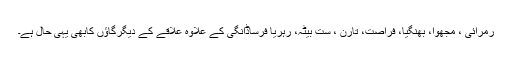
رمرائی ، مجھوا، بھنگیا، فراصت، تارن ، ست بیٹہ، رہریا فرساڈانگی کے علاوہ علاقے کے دیگرگاؤں کابھی یہی حال ہے۔